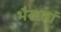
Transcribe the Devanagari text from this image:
भैखतां